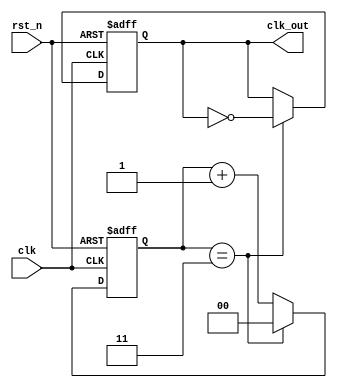
module frequency_divider_counter #(
    parameter DIV_FACTOR = 4  // Parameterizable division factor
)(
    input wire clk,            // Input clock signal
    input wire rst_n,         // Asynchronous reset (active low)
    output reg clk_out        // Output divided clock signal
);

    reg [$clog2(DIV_FACTOR)-1:0] counter;  // Counter to track clock cycles

    always @(posedge clk or negedge rst_n) begin
        if (!rst_n) begin
            counter <= 0;        // Reset counter to zero
            clk_out <= 0;       // Initialize output clock to low
        end else begin
            // Increment counter on every input clock cycle
            if (counter == (DIV_FACTOR - 1)) begin
                counter <= 0;      // Reset counter
                clk_out <= ~clk_out; // Toggle output clock
            end else begin
                counter <= counter + 1; // Increment counter
            end
        end
    end

endmodule